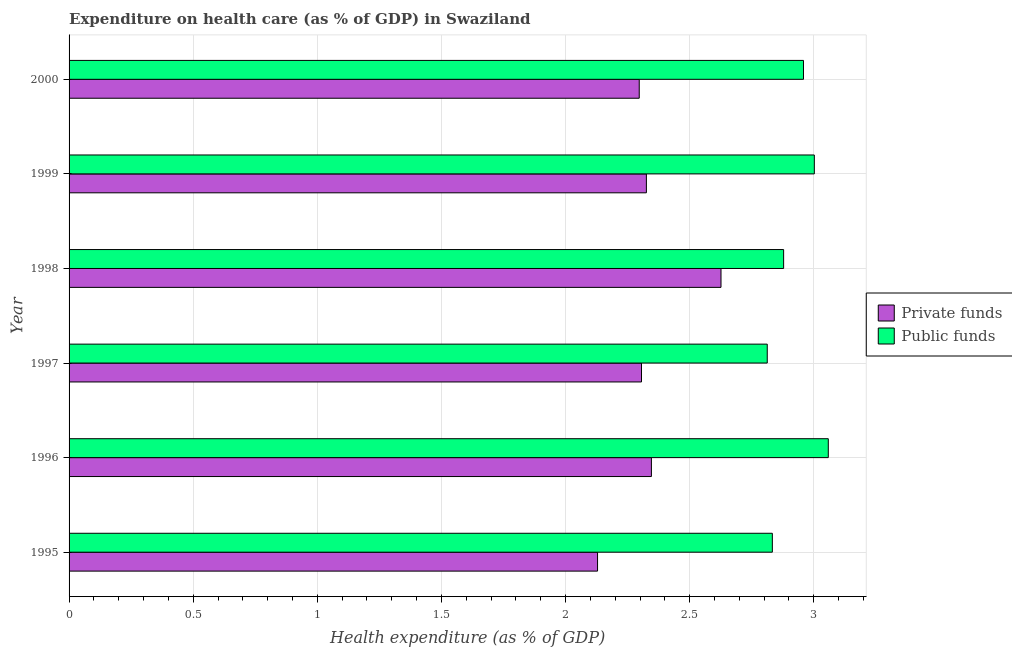
| Year | Private funds | Public funds |
 | --- | --- | --- |
 | 1995 | 2.13 | 2.83 |
 | 1996 | 2.35 | 3.06 |
 | 1997 | 2.31 | 2.81 |
 | 1998 | 2.63 | 2.88 |
 | 1999 | 2.33 | 3 |
 | 2000 | 2.3 | 2.96 |